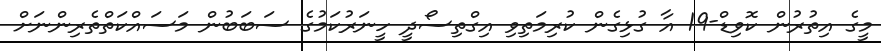
މީގެ އިތުރުން ކޮވިޑް-19 އާ ގުޅިގެން ކުރިމަތިވި އިގްތިސޯދީ ހީނަރުކަމުގެ ސަބަބުން މަސައްކަތްތެރިންނަށް